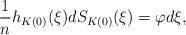
LaTeX: \begin{align*}\frac{1}{n}h_{K(0)}(\xi) dS_{K(0)}(\xi)=\varphi d\xi,\end{align*}